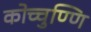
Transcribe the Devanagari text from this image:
कोच्चुण्णि